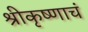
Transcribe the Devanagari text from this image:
श्रीकृष्णाचं